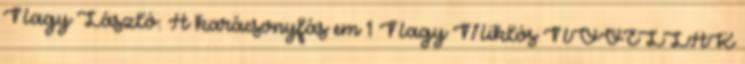
Nagy László: A karácsonyfás em 1 Nagy Miklós NOVELLÁK